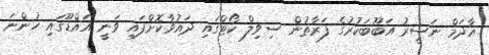
އާދަމް ނަސީރު އަބޫބަކުރުގެ ފަރާތުން ސިވިލް ކޯޓްގައި ދައުވާކޮށްފައި ވަނީ އައްޑޫގައި ހުންނަ